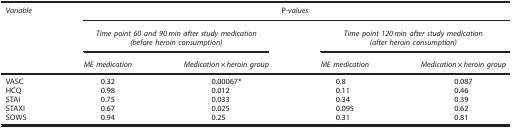
| Variable | <COLSPAN=4> P-values |
 |  | <COLSPAN=2> Time point 60 and 90 min after study medication(before heroin consumption) | <COLSPAN=2> Time point 120 min after study medication(after heroin consumption) |
 |  | ME medication | Medication × heroin group | ME medication | Medication × heroin group |
 | --- | --- | --- | --- | --- |
 | VASC | 0.32 | 0.00067* | 0.8 | 0.087 |
 | HCQ | 0.98 | 0.012 | 0.11 | 0.46 |
 | STAI | 0.75 | 0.033 | 0.34 | 0.39 |
 | STAXI | 0.67 | 0.025 | 0.095 | 0.62 |
 | SOWS | 0.94 | 0.25 | 0.31 | 0.81 |